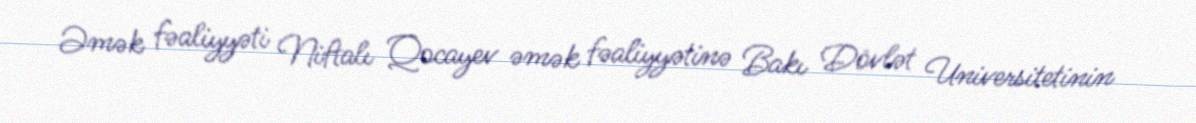
Əmək fəaliyyəti Niftalı Qocayev əmək fəaliyyətinə Bakı Dövlət Universitetinin